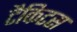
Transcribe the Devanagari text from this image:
टैकिटस